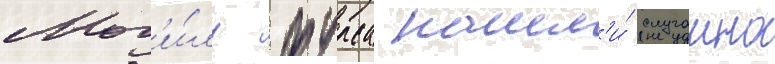
Мог'и́лу фурса нашл'и́ случаино